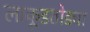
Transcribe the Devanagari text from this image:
लाकूडतोड्या